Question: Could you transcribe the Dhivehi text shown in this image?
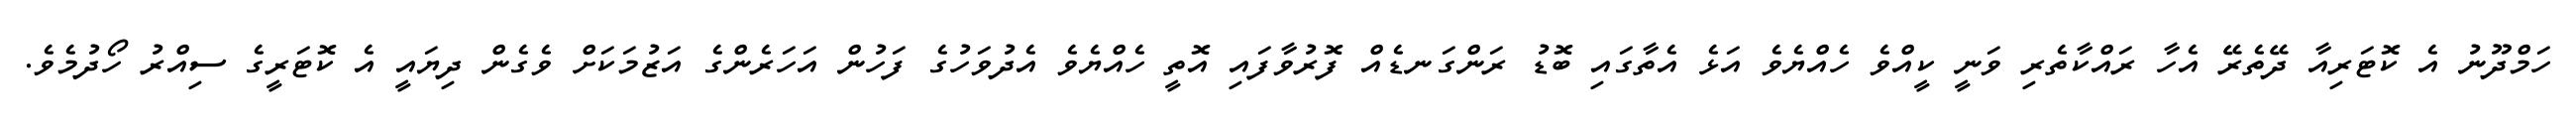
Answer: ހަމްދޫނު އެ ކޮޓަރިއާ ދޭތެރޭ އެހާ ރައްކާތެރި ވަނީ ކީއްވެ ހެއްޔެވެ އަޅެ އެތާގައި ބޮޑު ރަންގަނޑެއް ފޮރުވާފައި އޮތީ ހެއްޔެވެ އެދުވަހުގެ ފަހުން އަހަރެންގެ އަޒުމަކަށް ވެގެން ދިޔައީ އެ ކޮޓަރީގެ ސިއްރު ހޯދުމެވެ.